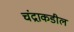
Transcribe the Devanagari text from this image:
चंद्राकडील